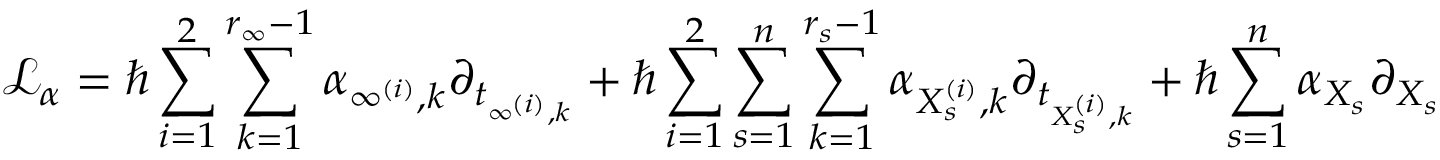
\mathcal { L } _ { \boldsymbol { \alpha } } = \hbar \sum _ { i = 1 } ^ { 2 } \sum _ { k = 1 } ^ { r _ { \infty } - 1 } \alpha _ { \infty ^ { ( i ) } , k } \partial _ { t _ { \infty ^ { ( i ) } , k } } + \hbar \sum _ { i = 1 } ^ { 2 } \sum _ { s = 1 } ^ { n } \sum _ { k = 1 } ^ { r _ { s } - 1 } \alpha _ { X _ { s } ^ { ( i ) } , k } \partial _ { t _ { X _ { s } ^ { ( i ) } , k } } + \hbar \sum _ { s = 1 } ^ { n } \alpha _ { X _ { s } } \partial _ { X _ { s } }